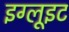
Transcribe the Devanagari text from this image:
इग्लूइट